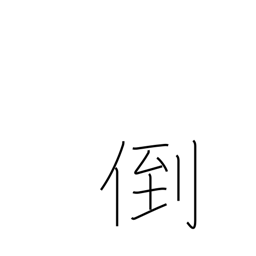
Meaning: break down